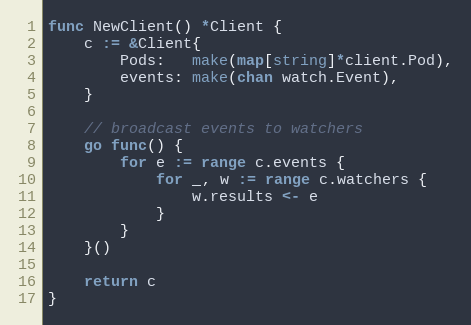
Language: Go
func NewClient() *Client {
	c := &Client{
		Pods:   make(map[string]*client.Pod),
		events: make(chan watch.Event),
	}

	// broadcast events to watchers
	go func() {
		for e := range c.events {
			for _, w := range c.watchers {
				w.results <- e
			}
		}
	}()

	return c
}